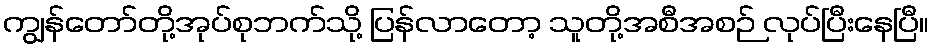
ကျွန်တော်တို့အုပ်စုဘက်သို့ ပြန်လာတော့ သူတို့အစီအစဉ် လုပ်ပြီးနေပြီ။